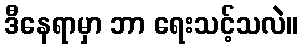
ဒီနေရာမှာ ဘာ ရေးသင့်သလဲ။